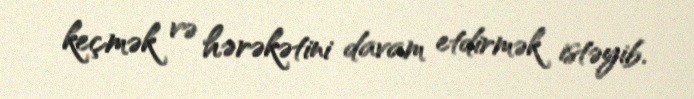
keçmək və hərəkətini davam etdirmək istəyib.